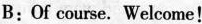
B：Of course. Welcome!